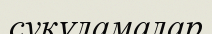
суқұламалар